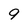
Character: 9